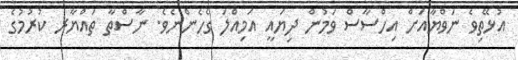
އުޅޭތިވެ ނަވްޔާއަށް އިހްސާސް ވަމުން ދިޔައީ އަމިއްލަ ގެހެންނެވެ. ނާސްތާ ތައްޔާރ ކުރުމުގެ